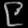
Digit: ၉